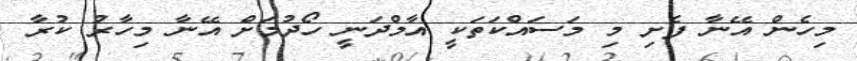
މިހެން އޭނާ ފެށި މި މަސައްކަތަކީ އާމްދަނީ ހޯދުމަށް އޭނާ މިހާރު ކުރާ